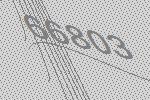
66803